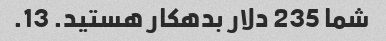
شما 235 دلار بدهکار هستید. 13.